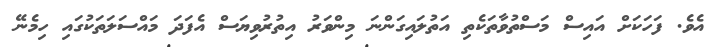
އެވެ. ފަހަކަށް އައިސް މަސްތުވާތަކެތި އަތުލައިގަންނަ މިންވަރު އިތުރުވިޔަސް އެފަދަ މައްސަލަތަކުގައި ހިމެނޭ